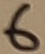
Text: 6